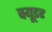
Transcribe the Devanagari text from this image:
क्यूडर